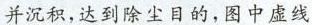
并沉积，达到除尘目的，图中虚线